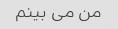
من می بینم